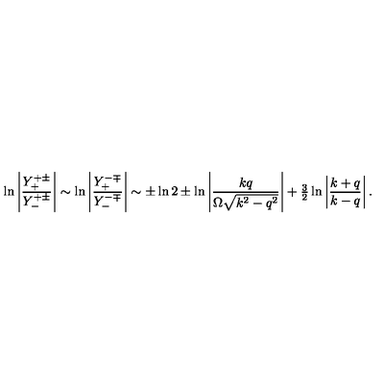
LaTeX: \ln \left| \frac { Y _ { + } ^ { + \pm } } { Y _ { - } ^ { + \pm } } \right| \sim \ln \left| \frac { Y _ { + } ^ { - \mp } } { Y _ { - } ^ { - \mp } } \right| \sim \pm \ln 2 \pm \ln \left| \frac { k q } { \Omega \sqrt { k ^ { 2 } - q ^ { 2 } } } \right| + { \textstyle \frac { 3 } { 2 } } \ln \left| \frac { k + q } { k - q } \right| .